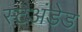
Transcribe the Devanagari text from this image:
स्टअंडेड